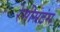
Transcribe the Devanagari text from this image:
रेसीसटंस